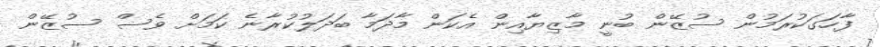
ފާހަގަކުރަމުން ސުޒޭން ބުނީ މާޒިޔާއިން އެކަން މާދަމާ ބަދަލުކުރާނެ ކަމަށް ވެސް ސުޒޭން